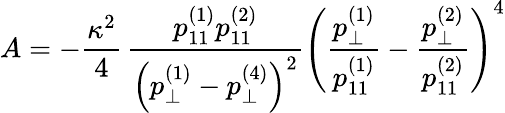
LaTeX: A=-\frac{\kappa^{2}}{4}\, \frac{p_{11}^{(1)}p_{11}^{(2)}}{\left(p_{\perp}^{(1)}-p_{\perp}^{(4)}\right)^{2}}\left(\frac{p_{\perp}^{(1)}}{p_{11}^{(1)}}-\frac{p_{\perp}^{(2)}}{p_{11}^{(2)}}\right)^{4}